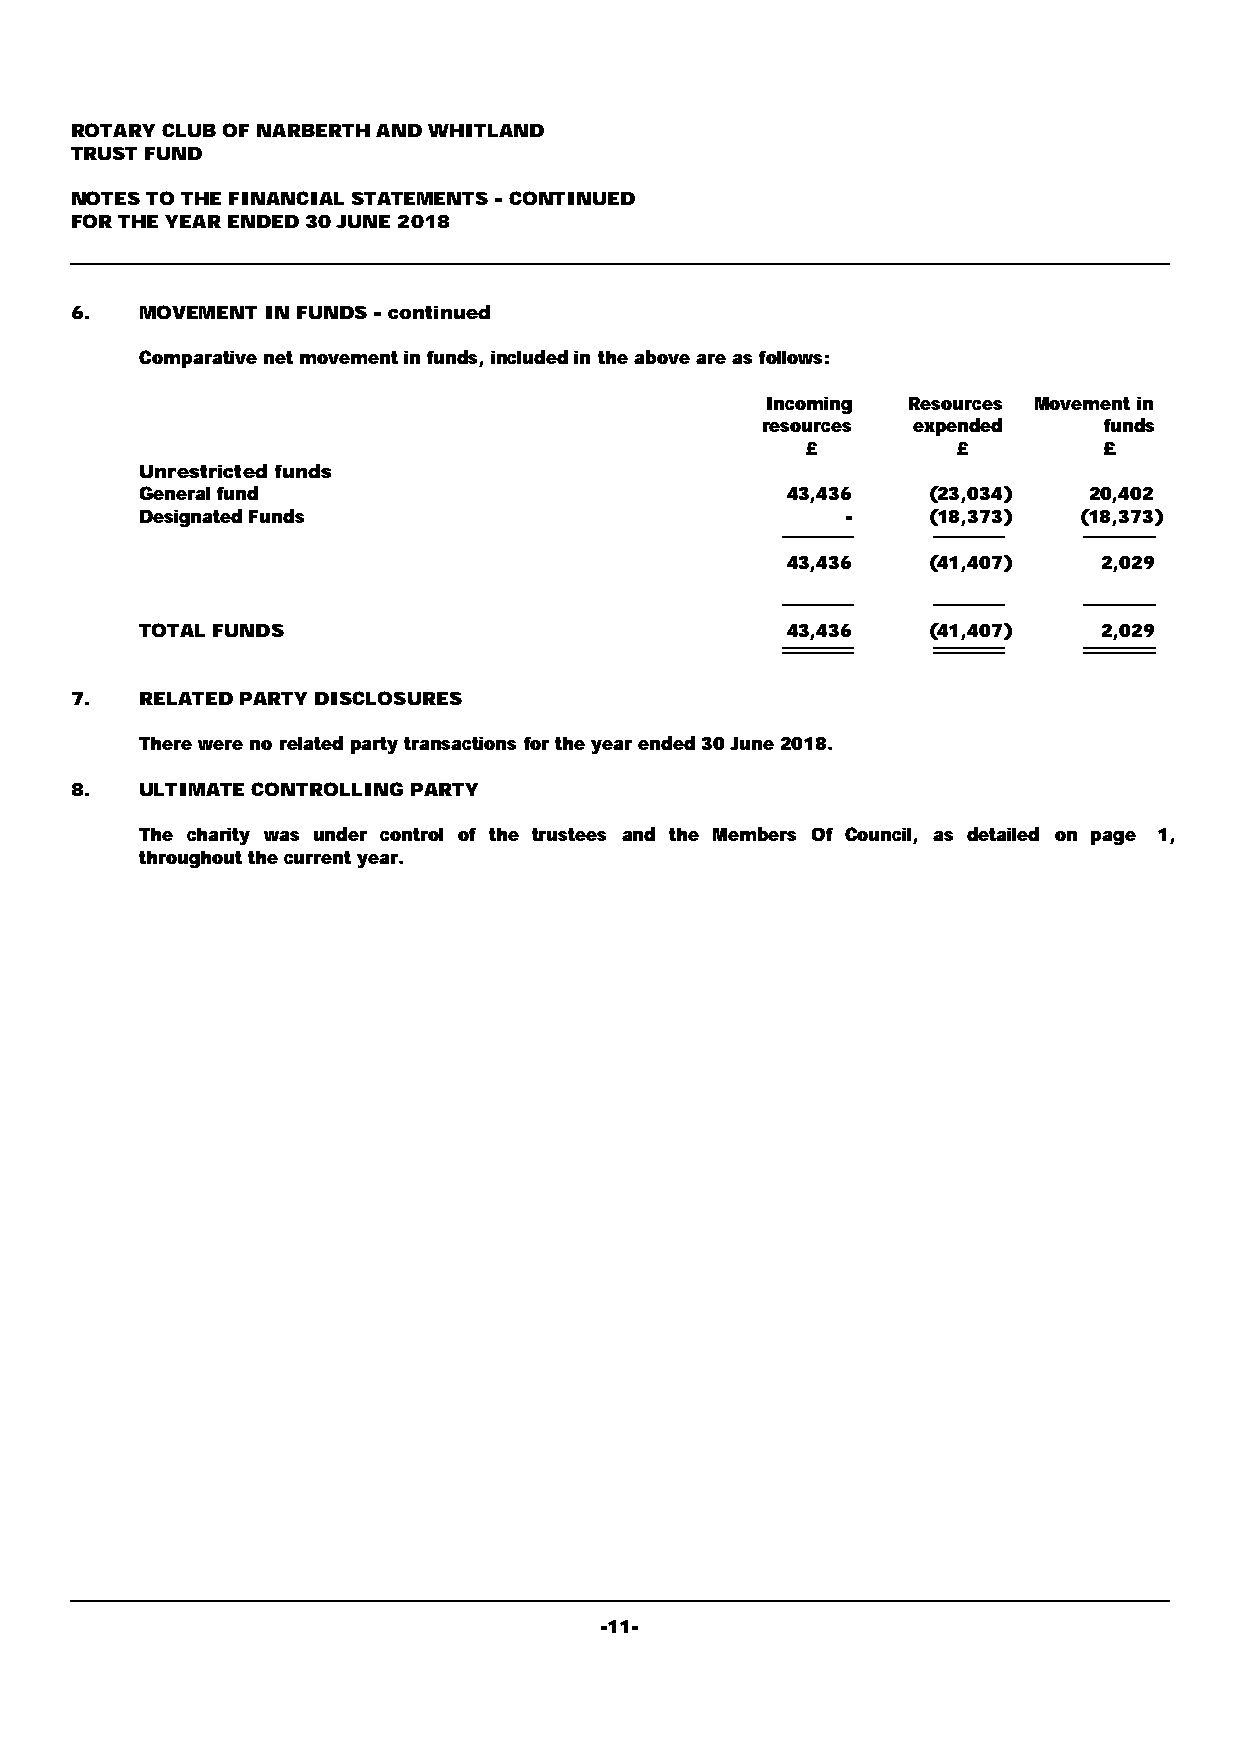
ROTARY CLUB OF NARBERTH AND WHITLAND
 TRUST FUND
 NOTES TO THE FINANCIAL STATEMENTS - CONTINUED
 FOR THE YEAR ENDED 30 JUNE 2018
 6.  MOVEMENT IN FUNDS - continued
 Comparative net movement in funds, included in the above are as follows:
 Incoming Resources Movement in
 resources expended     funds
 £         £         £
 Unrestricted funds
 General fund                               43,436    (23,034)  20,402
 Designated Funds                               -     (18,373)  (18,373)
 43,436    (41,407)   2,029
 TOTAL FUNDS                                43,436    (41,407)   2,029
 7.  RELATED PARTY DISCLOSURES
 There were no related party transactions for the year ended 30 June 2018.
 8.  ULTIMATE CONTROLLING PARTY
 The charity was under control of the trustees and the Members Of Council, as detailed on page 1,
 throughout the current year.
 -11-